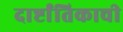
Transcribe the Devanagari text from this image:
दार्ष्टांतिकाची